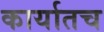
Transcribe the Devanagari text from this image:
कार्यातच